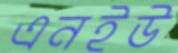
এনইউ